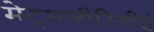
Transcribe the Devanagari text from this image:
मेट्सजीरिनीई